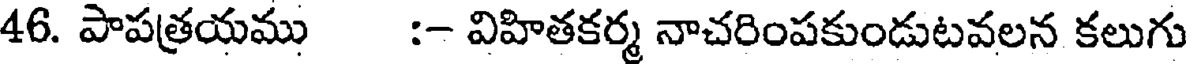
46. పాపత్రయము :- విహితకర్మ నాచరింపకుండుటవలన కలుగు